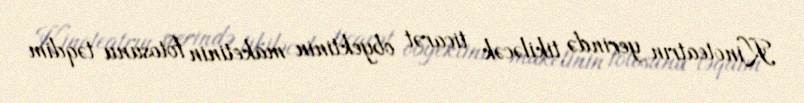
Kinoteatrın yerində tikiləcək ticarət obyektinin maketinin fotosunu təqdim